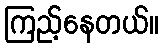
ကြည့်နေတယ်။